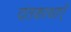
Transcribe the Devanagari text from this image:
दंतकाथाएँ